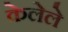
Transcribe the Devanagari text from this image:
केलेेले